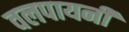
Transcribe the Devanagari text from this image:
वलपायनी